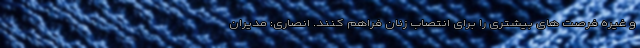
و غیره فرصت های بیشتری را برای انتصاب زنان فراهم کنند. انصاری: مدیران